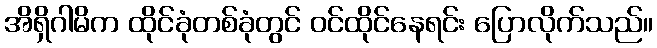
အိရှိဂါမိက ထိုင်ခုံတစ်ခုံတွင် ဝင်ထိုင်နေရင်း ပြောလိုက်သည်။